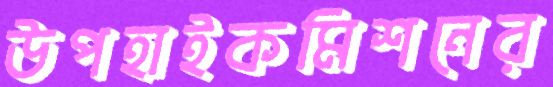
উপহাইকমিশনের